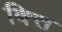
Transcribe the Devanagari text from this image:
बित्त